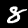
Label: 8